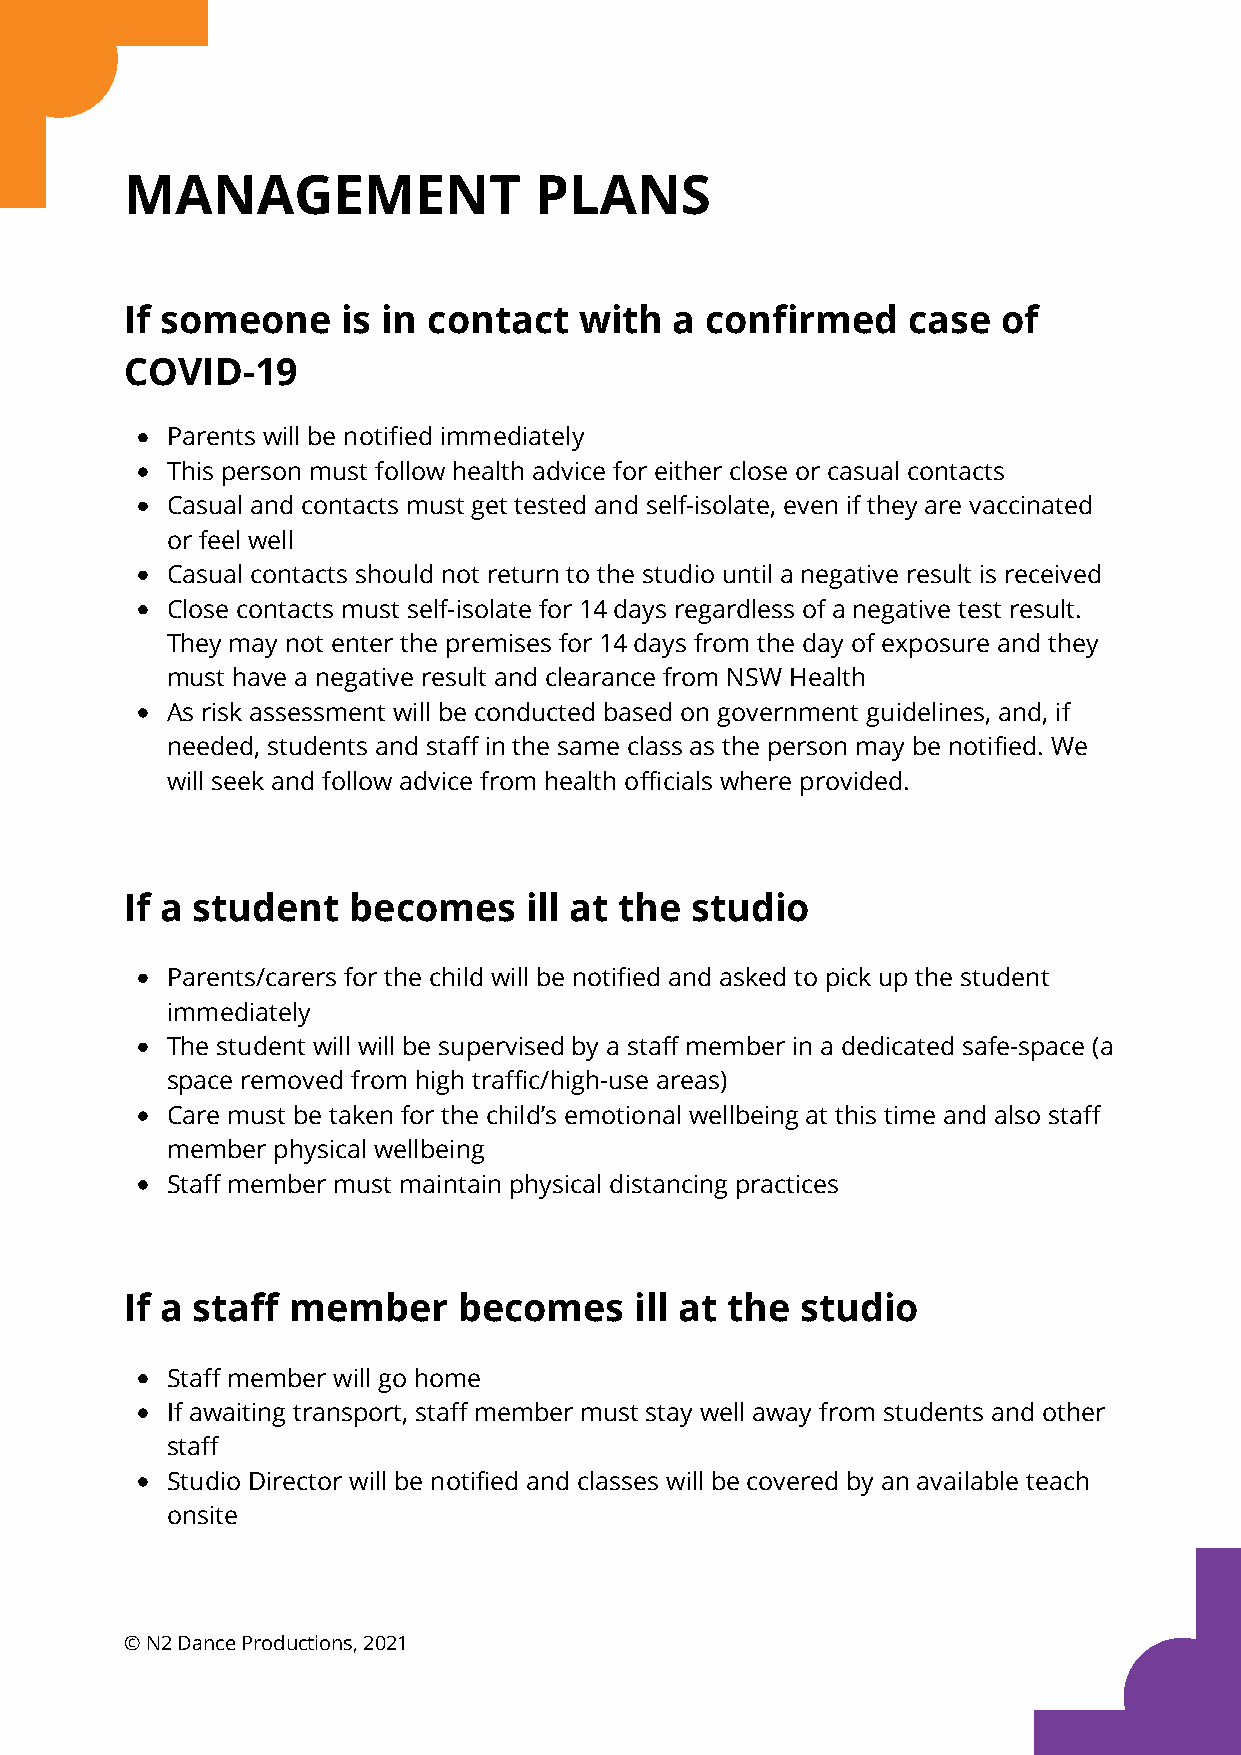
MANAGEMENT                 PLANS
 If someone     is in contact  with   a confirmed    case  of
 COVID-19
 Parents will be notified immediately
 This person must follow health advice for either close or casual contacts
 Casual and contacts must get tested and self-isolate, even if they are vaccinated
 or feel well
 Casual contacts should not return to the studio until a negative result is received
 Close contacts must self-isolate for 14 days regardless of a negative test result.
 They may not enter the premises for 14 days from the day of exposure and they
 must have a negative result and clearance from NSW Health
 As risk assessment will be conducted based on government guidelines, and, if
 needed, students and staff in the same class as the person may be notified. We
 will seek and follow advice from health officials where provided.
 If a student   becomes     ill at the studio
 Parents/carers for the child will be notified and asked to pick up the student
 immediately
 The student will will be supervised by a staff member in a dedicated safe-space (a
 space removed from high traffic/high-use areas)
 Care must be taken for the child’s emotional wellbeing at this time and also staff
 member physical wellbeing
 Staff member must maintain physical distancing practices
 If a staff member     becomes     ill at the studio
 Staff member will go home
 If awaiting transport, staff member must stay well away from students and other
 staff
 Studio Director will be notified and classes will be covered by an available teach
 onsite
 © N2 Dance Productions, 2021